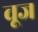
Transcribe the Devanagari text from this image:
वूज